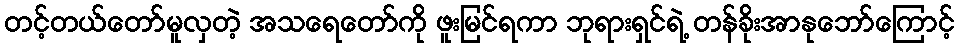
တင့်တယ်တော်မူလှတဲ့ အသရေတော်ကို ဖူးမြင်ရကာ ဘုရားရှင်ရဲ့ တန်ခိုးအာနုဘော်ကြောင့်